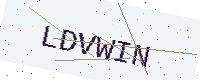
Text: LDVWIN